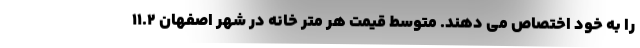
را به خود اختصاص می دهند. متوسط قیمت هر متر خانه در شهر اصفهان ۱۱.۲